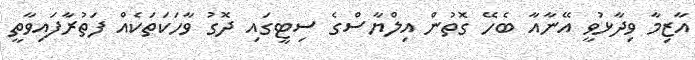
އާޒިމާ ވިދާޅުވީ އޭނާއާ ބެހޭ ގޮތުން އިލްޔާސްގެ ސިޓީގައި ދޮގު ވާހަކަތަކެއް ފަތުރާފައިވާތީ